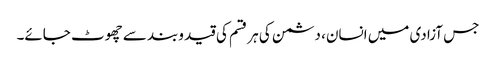
جس آزادی میں انسان، دشمن کی ہر قسم کی قید وبند سے چھوٹ جائے۔